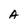
Character: A